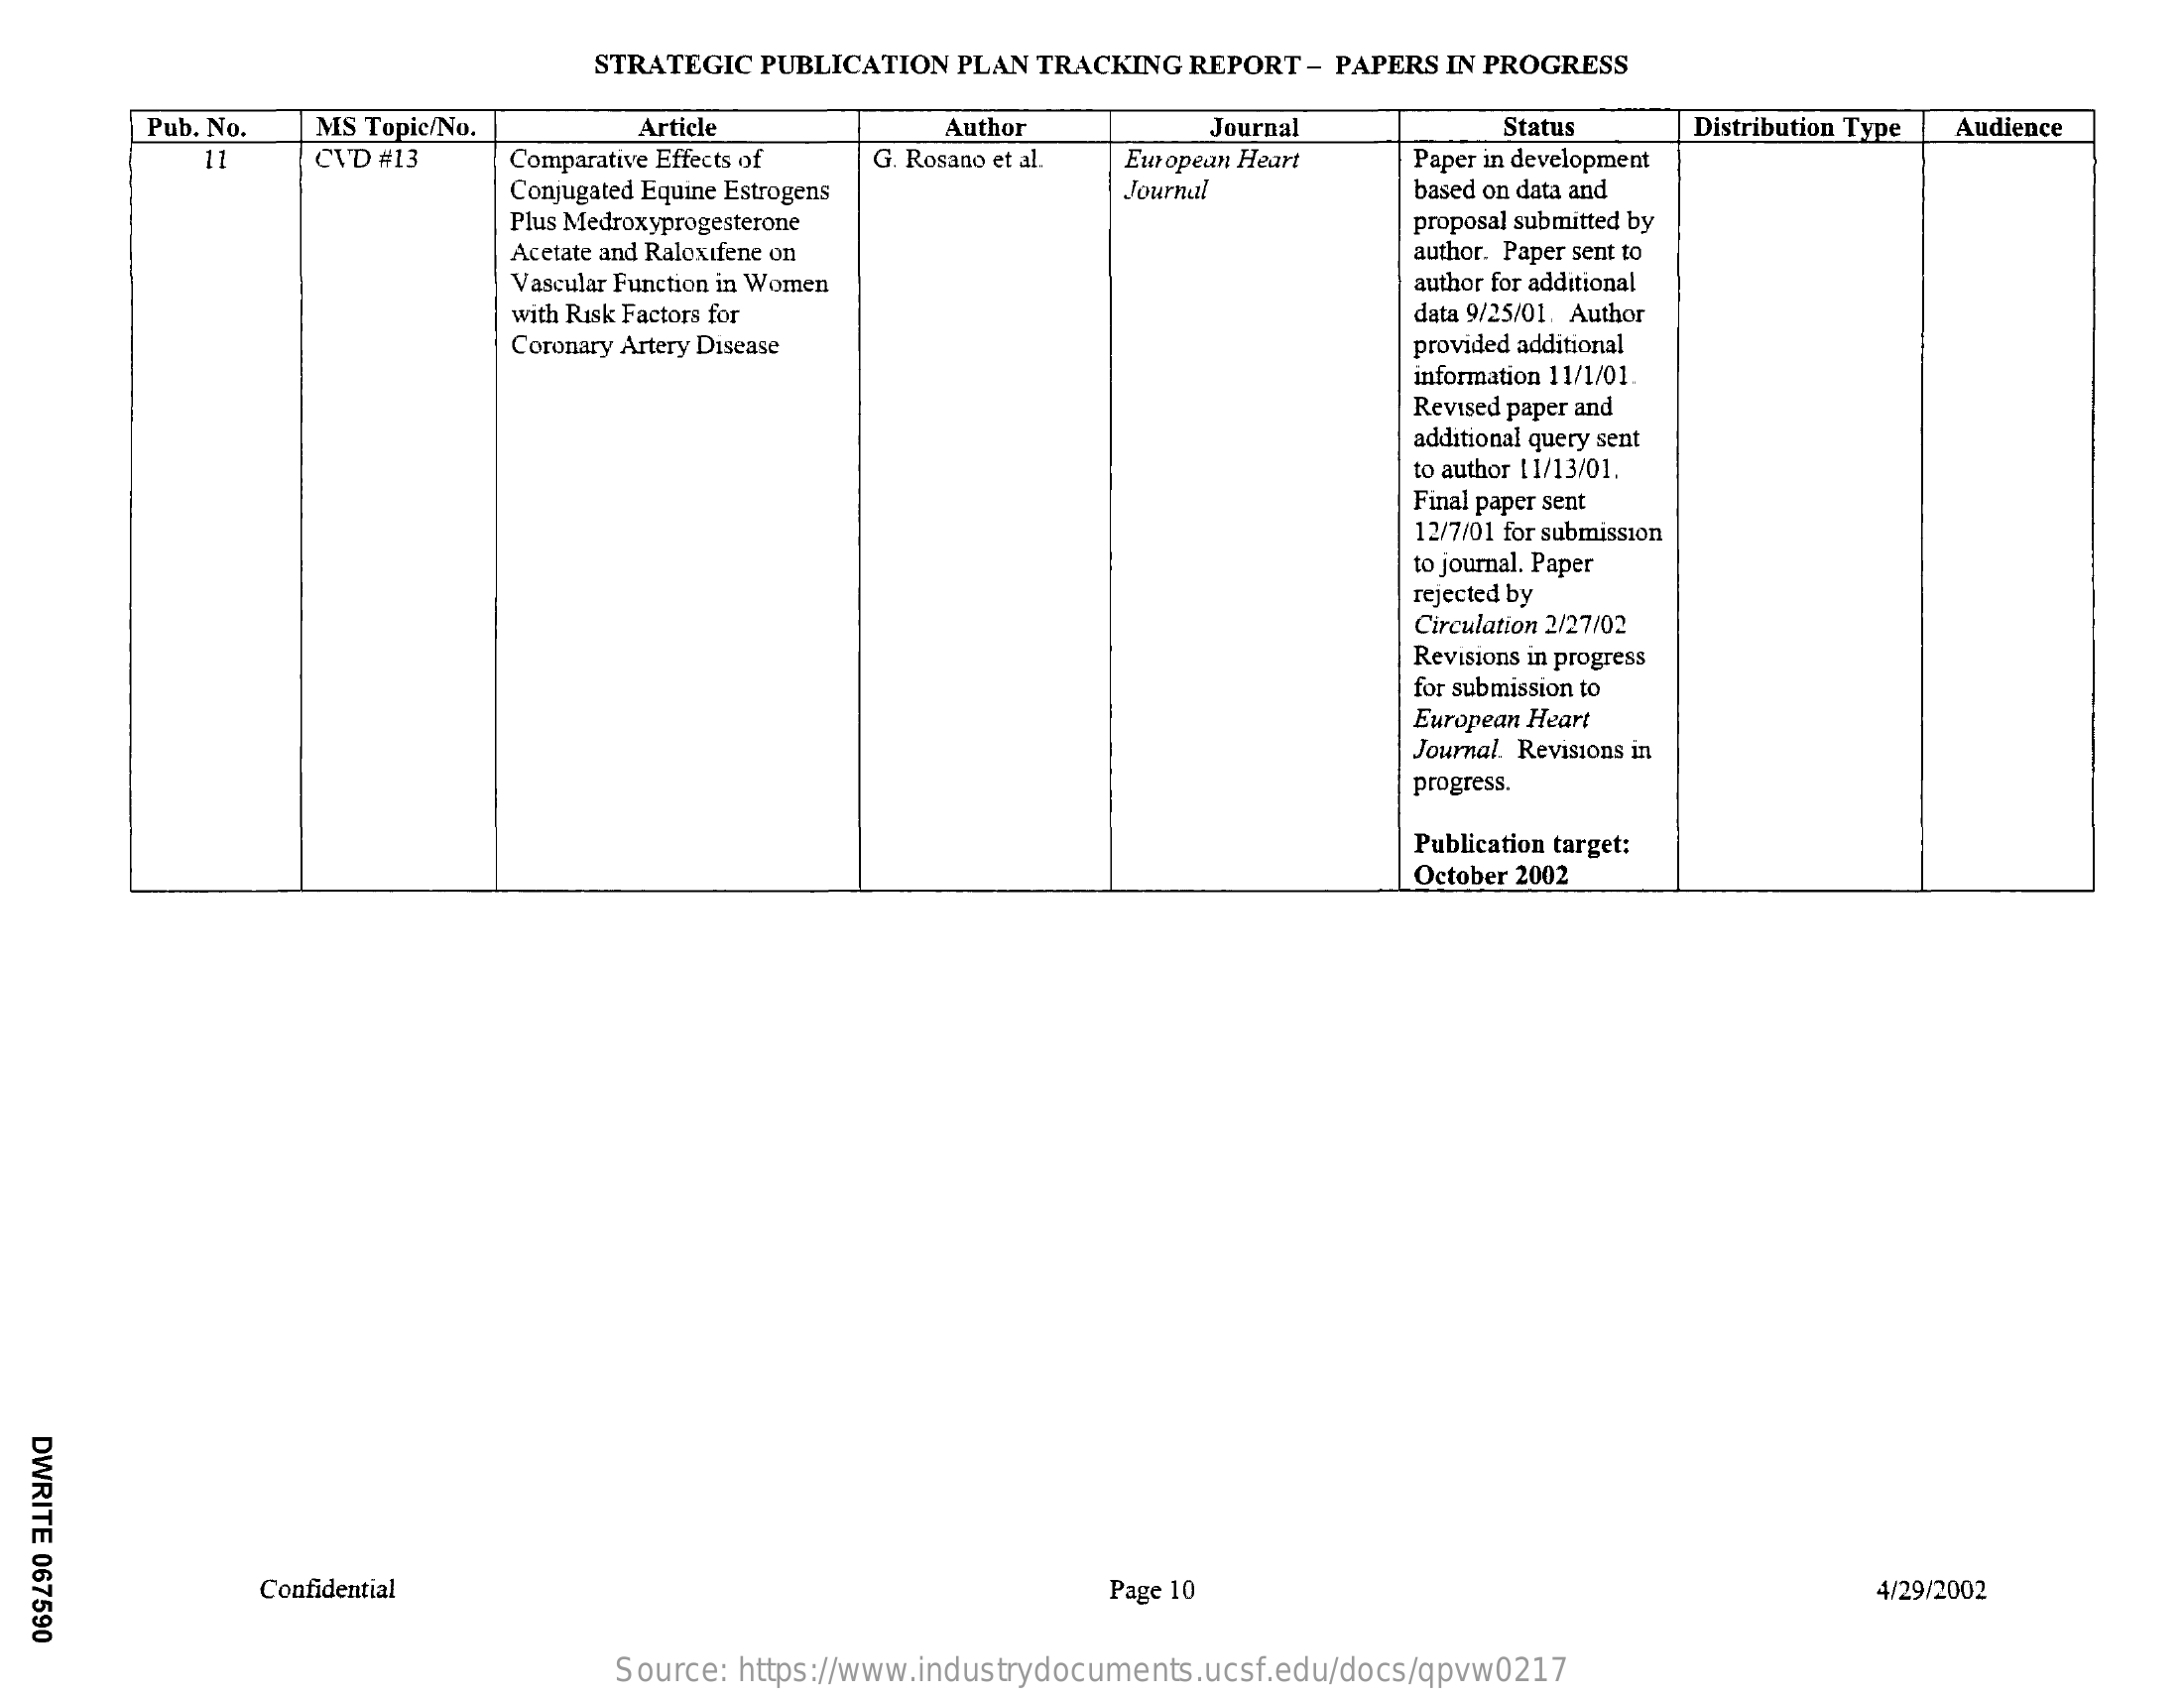
STRATEGIC PUBLICATION PLAN TRACKING REPORT - PAPERS IN PROGRESS
     Pub. No. MS Topic/No.   Article    Author    Journal    Status    Distribution Type Audience
     11   CVD #13   Comparative Effects of G. Rosano et al. European Heart Paper in development
     Conjugated Equine Estrogens   Journal    based on data and
     Plus Medroxyprogesterone
     Acetate and Raloxifene on
     proposal submitted by
     author. Paper sent to
     Vascular Function in Women    author for additional
     with Risk Factors for    data 9/25/01. Author
     Coronary Artery Disease    provided additional
     information 11/1/01.
     Revised paper and
     additional query sent
     to author 11/13/01.
     Final paper sent
     12/7/01 for submission
     to journal. Paper
     rejected by
     Circulation 2/27/02
     Revisions in progress
     for submission to
     European Heart
     Journal. Revisions in
     progress.
     Publication target:
     October 2002
  DWRITE
  067590    Confidential    Page 10    4/29/2002
     Source: https://www.industrydocuments.ucsf.edu/docs/qpvw0217